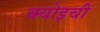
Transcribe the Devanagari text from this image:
क्योइची